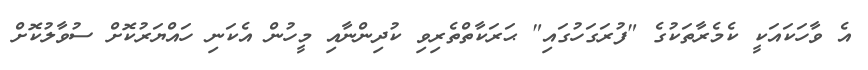
އެ ވާހަކައަކީ ކެމެރާތަކުގެ "ފުރަގަހުގައި" ޙަރަކާތްތެރިވި ކުދިންނާއި މީހުން އެކަނި ހައްޔަރުކޮށް ސުވާލުކޮށް